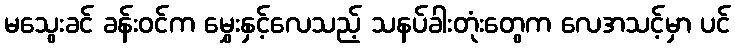
မသွေးခင် ခန်းဝင်က မွှေးနှင့်လေသည့် သနပ်ခါးတုံးတွေက လေအသင့်မှာ ပင်